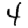
Digit: 4